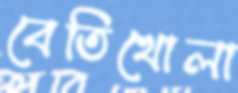
বেতিখোলা